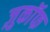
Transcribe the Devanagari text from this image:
ज़ुकाॅफ